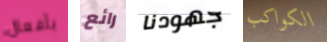
بأفعال رائع جهودنا الكواكب